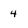
Character: 4